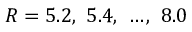
R = 5 . 2 , \ 5 . 4 , \ \dots , \ 8 . 0